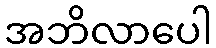
အဘိလာပေါ